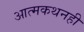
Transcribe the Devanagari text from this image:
आत्मकथनही